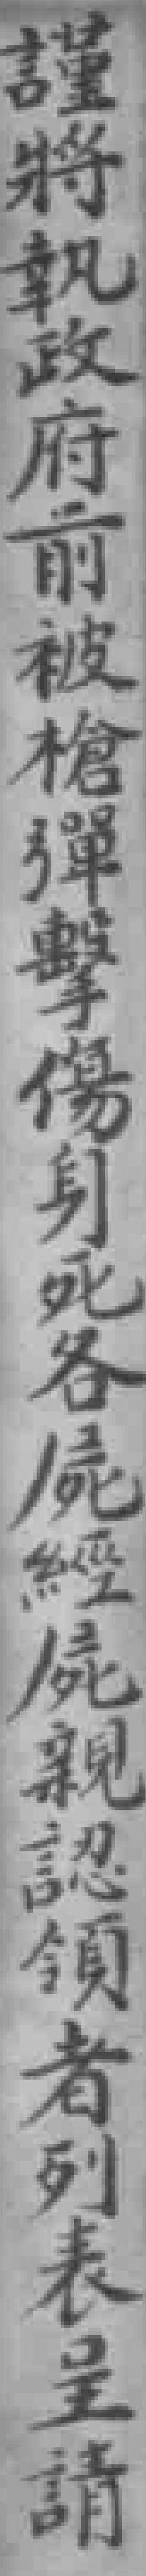
謹將執政府前被槍彈擊傷身死各屍經屍親認領者列表呈請